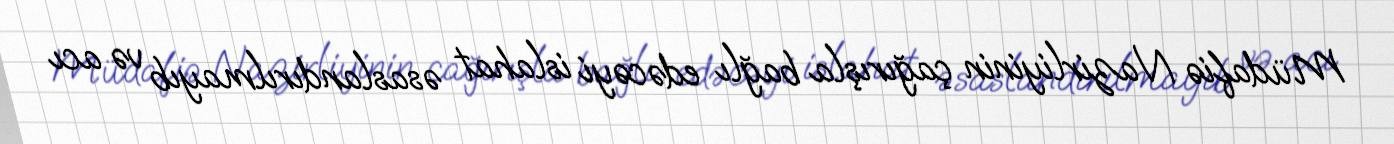
Müdafiə Nazirliyinin çağırışla bağlı edəcəyi islahat əsaslandırılmayıb və acı